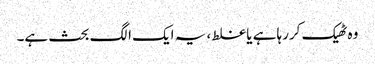
وہ ٹھیک کررہا ہے یا غلط، یہ ایک الگ بحث ہے۔